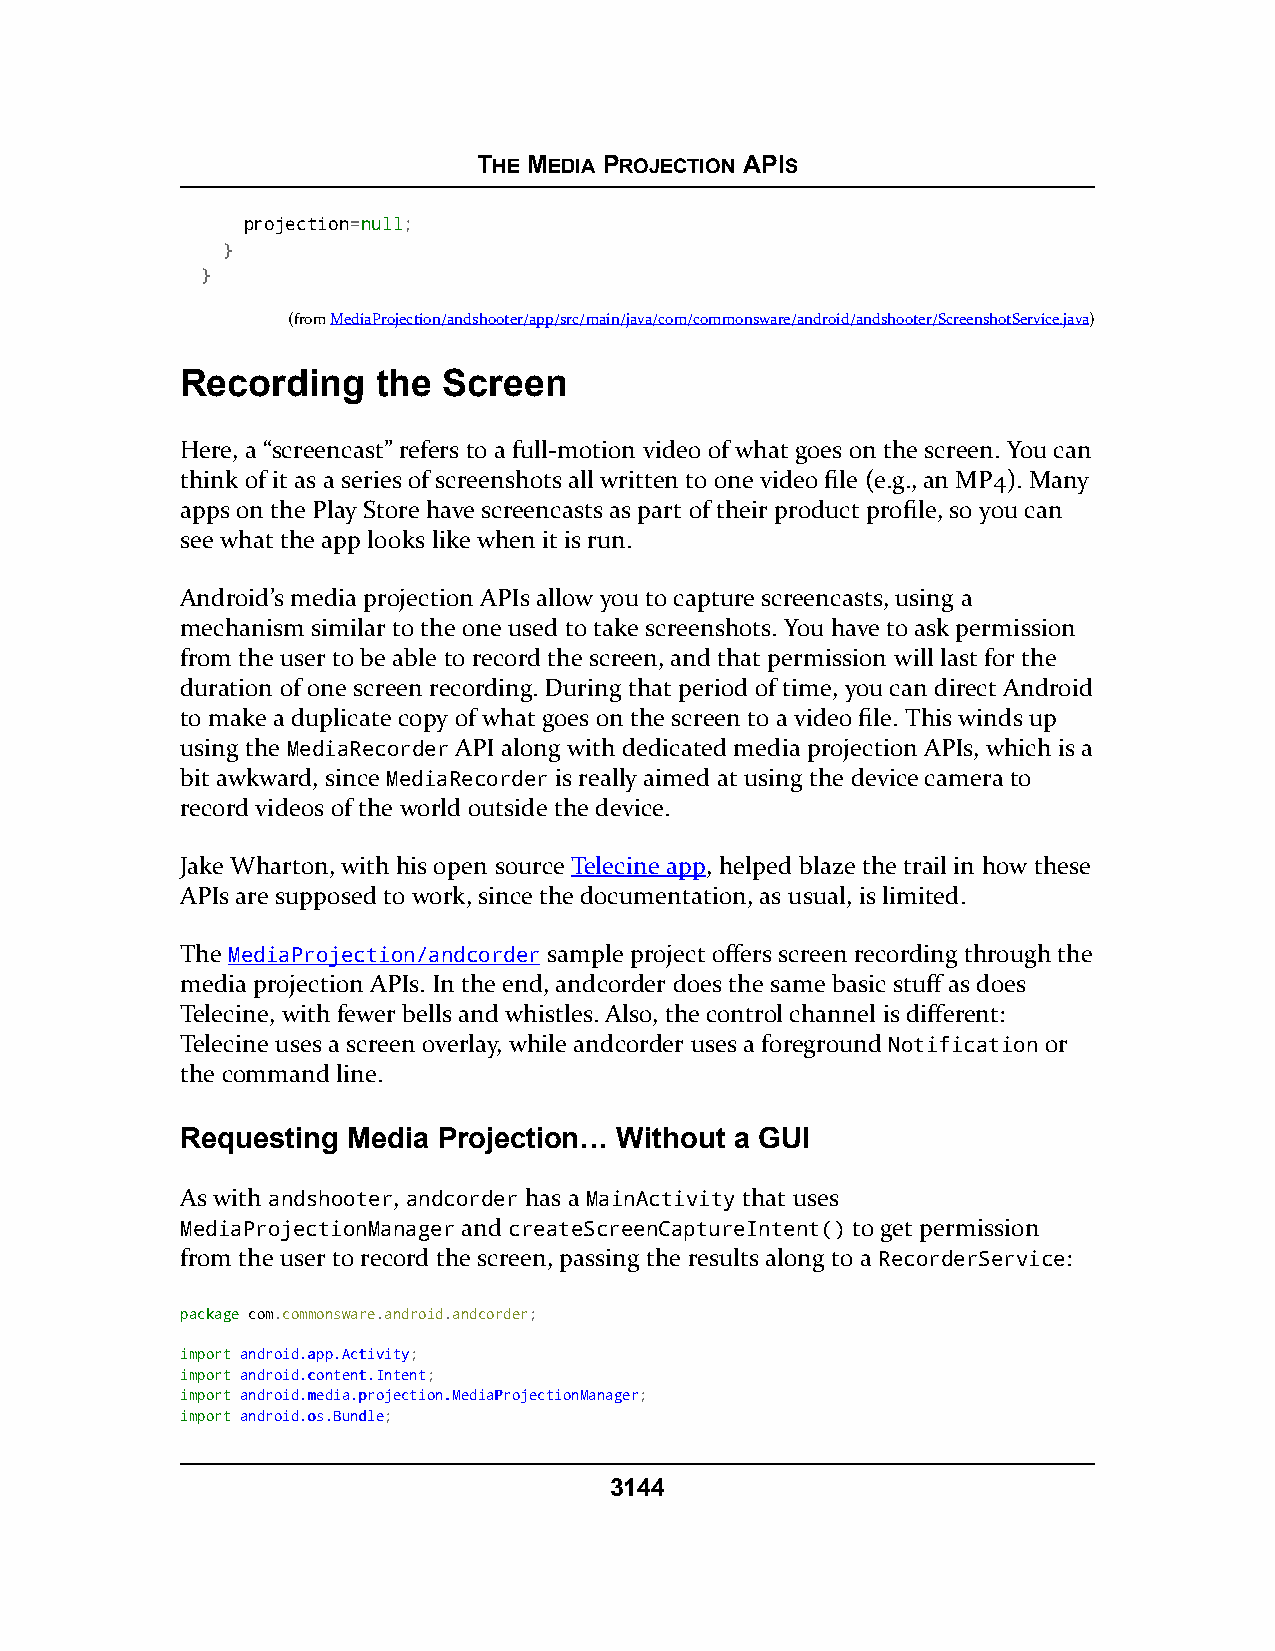
THE MEDIA PROJECTION APIS
 projection=nnuullll;
 }
 }
 (fromMediaProjection/andshooter/app/src/main/java/com/commonsware/android/andshooter/ScreenshotService.java)
 Recording    the Screen
 Here, a “screencast” refers to a full-motion video of what goes on the screen. You can
 think of it as a series of screenshots all written to one video file (e.g., an MP4). Many
 apps on the Play Store have screencasts as part of their product profile, so you can
 see what the app looks like when it is run.
 Android’s media projection APIs allow you to capture screencasts, using a
 mechanism similar to the one used to take screenshots. You have to ask permission
 from the user to be able to record the screen, and that permission will last for the
 duration of one screen recording. During that period of time, you can direct Android
 to make a duplicate copy of what goes on the screen to a video file. This winds up
 using the MediaRecorder API along with dedicated media projection APIs, which is a
 bit awkward, since MediaRecorder is really aimed at using the device camera to
 record videos of the world outside the device.
 Jake Wharton, with his open source Telecine app, helped blaze the trail in how these
 APIs are supposed to work, since the documentation, as usual, is limited.
 The MediaProjection/andcorder sample project offers screen recording through the
 media projection APIs. In the end, andcorder does the same basic stuff as does
 Telecine, with fewer bells and whistles. Also, the control channel is different:
 Telecine uses a screen overlay, while andcorder uses a foreground Notification or
 the command line.
 Requesting Media Projection… Without a GUI
 As with andshooter, andcorder has a MainActivity that uses
 MediaProjectionManager and createScreenCaptureIntent() to get permission
 from the user to record the screen, passing the results along to a RecorderService:
 ppaacckkaaggee com.commonsware.android.andcorder;
 iimmppoorrtt aannddrrooiidd..aapppp..AAccttiivviittyy;
 iimmppoorrtt aannddrrooiidd..ccoonntteenntt..IInntteenntt;
 iimmppoorrtt aannddrrooiidd..mmeeddiiaa..pprroojjeeccttiioonn..MMeeddiiaaPPrroojjeeccttiioonnMMaannaaggeerr;
 iimmppoorrtt aannddrrooiidd..ooss..BBuunnddllee;
 3144